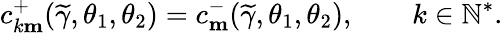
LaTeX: c_{k\mathbf{m}}^{+}(\widetilde{\gamma},\theta_{1},\theta_{2})=c_{\mathbf{m}}^{-}(\widetilde{\gamma},\theta_{1},\theta_{2}),\qquad k\in\mathbb{N}^{*}.